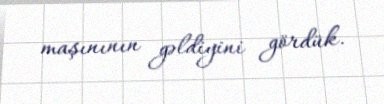
maşınının gəldiyini gördük.